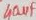
Text: 40µF